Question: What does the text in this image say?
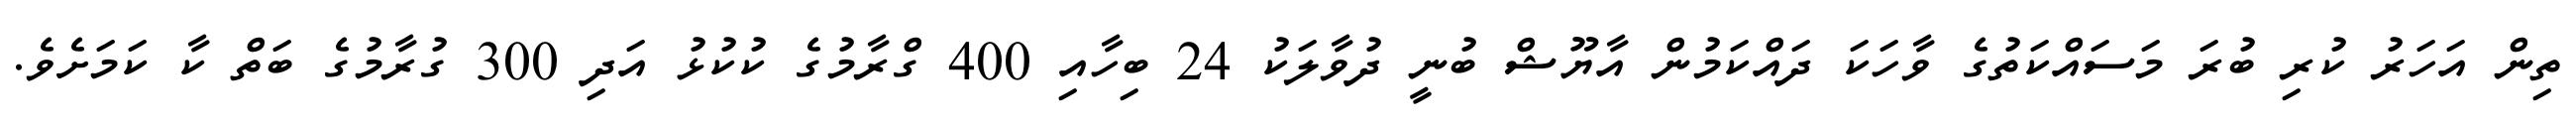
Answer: ތިން އަހަރު ކުރި ބުރަ މަސައްކަތުގެ ވާހަކަ ދައްކަމުން އާޔޫޝް ބުނީ ދުވާލަކު 24 ބިހާއި 400 ގްރާމުގެ ކުކުޅު އަދި 300 ގުރާމުގެ ބަތް ކާ ކަމަށެވެ.